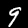
Label: 9